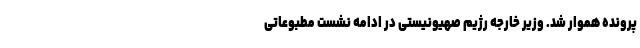
پرونده هموار شد. وزیر خارجه رژیم صهیونیستی در ادامه نشست مطبوعاتی